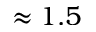
\approx 1 . 5